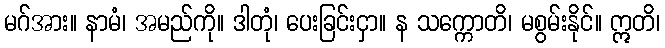
မဂ်အား။ နာမံ၊ အမည်ကို။ ဒါတုံ၊ ပေးခြင်းငှာ။ န သက္ကောတိ၊ မစွမ်းနိုင်။ ဣတိ၊